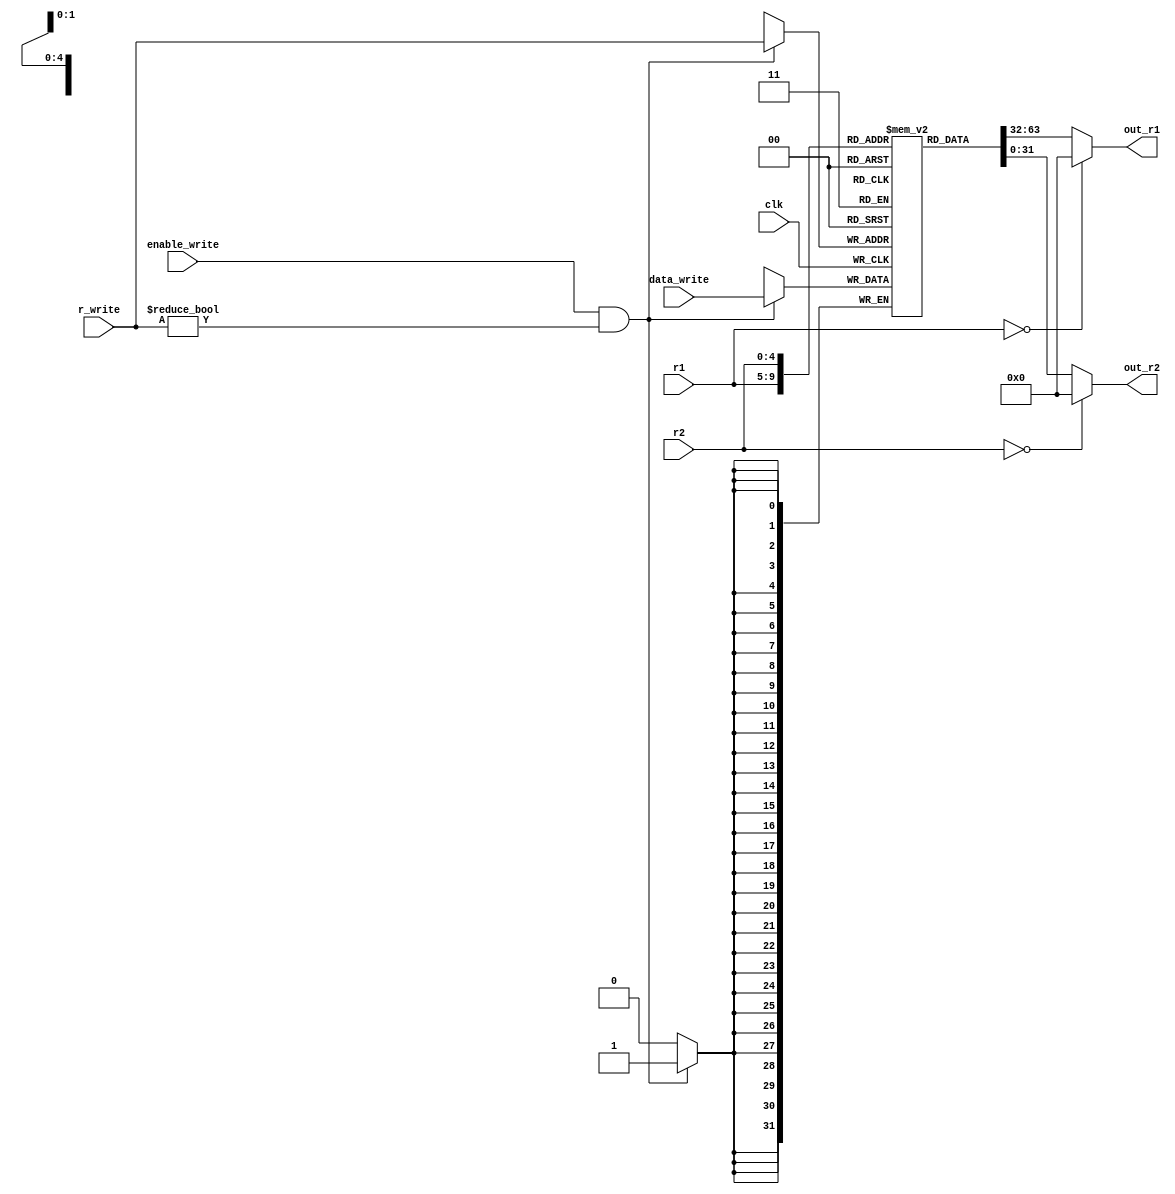
module register(
	input wire [4:0] r1,
	input wire [4:0] r2,
	input wire [4:0] r_write,
	input wire [31:0] data_write,
	input wire enable_write,
	output wire [31:0] out_r1,
	output wire [31:0] out_r2,
	input wire clk
);

reg [31:0] r[1:31];

assign out_r1 = r1 == 0 ? 0 : r[r1];
assign out_r2 = r2 == 0 ? 0 : r[r2];

always @(posedge clk) begin
	if (enable_write && r_write != 0) begin
		r[r_write] <= data_write;
	end
end

integer i;
initial begin
	for (i = 0; i < 32; i = i + 1) begin
		r[i] = 0;
	end
end

endmodule